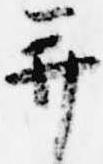
并